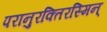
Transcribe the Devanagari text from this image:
परानुरक्तिरस्मिन्‌